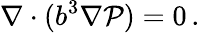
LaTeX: \nabla\cdot(b^{3}\nabla\mathcal{P})=0\, .